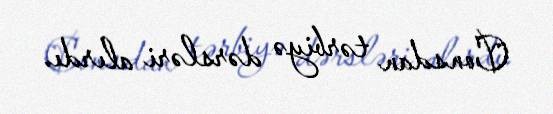
Consdan tərbiyə dərsləri alırdı.